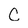
Character: C